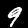
Label: 9